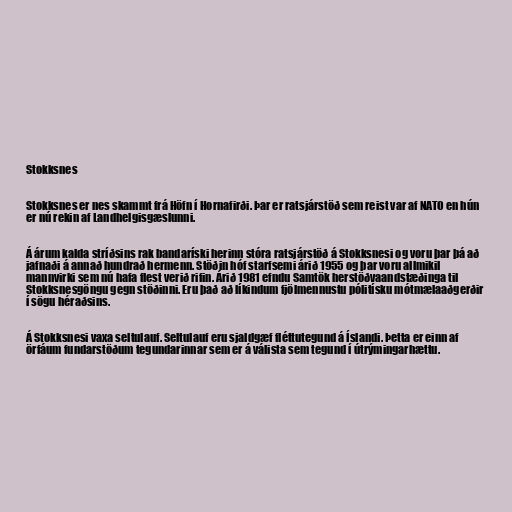
Stokksnes

Stokksnes er nes skammt frá Höfn í Hornafirði. Þar er ratsjárstöð sem reist var af NATO en hún
er nú rekin af Landhelgisgæslunni.

Á árum kalda stríðsins rak bandaríski herinn stóra ratsjárstöð á Stokksnesi og voru þar þá að
jafnaði á annað hundrað hermenn. Stöðin hóf starfsemi árið 1955 og þar voru allmikil
mannvirki sem nú hafa flest verið rifin. Árið 1981 efndu Samtök herstöðvaandstæðinga til
Stokksnesgöngu gegn stöðinni. Eru það að líkindum fjölmennustu pólitísku mótmælaaðgerðir
í sögu héraðsins.

Á Stokksnesi vaxa seltulauf. Seltulauf eru sjaldgæf fléttutegund á Íslandi. Þetta er einn af
örfáum fundarstöðum tegundarinnar sem er á válista sem tegund í útrýmingarhættu.